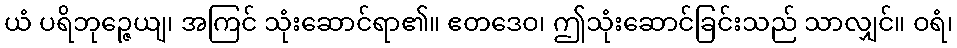
ယံ ပရိဘုဉ္ဇေယျ၊ အကြင် သုံးဆောင်ရာ၏။ ဧတဒေဝ၊ ဤသုံးဆောင်ခြင်းသည် သာလျှင်။ ဝရံ၊